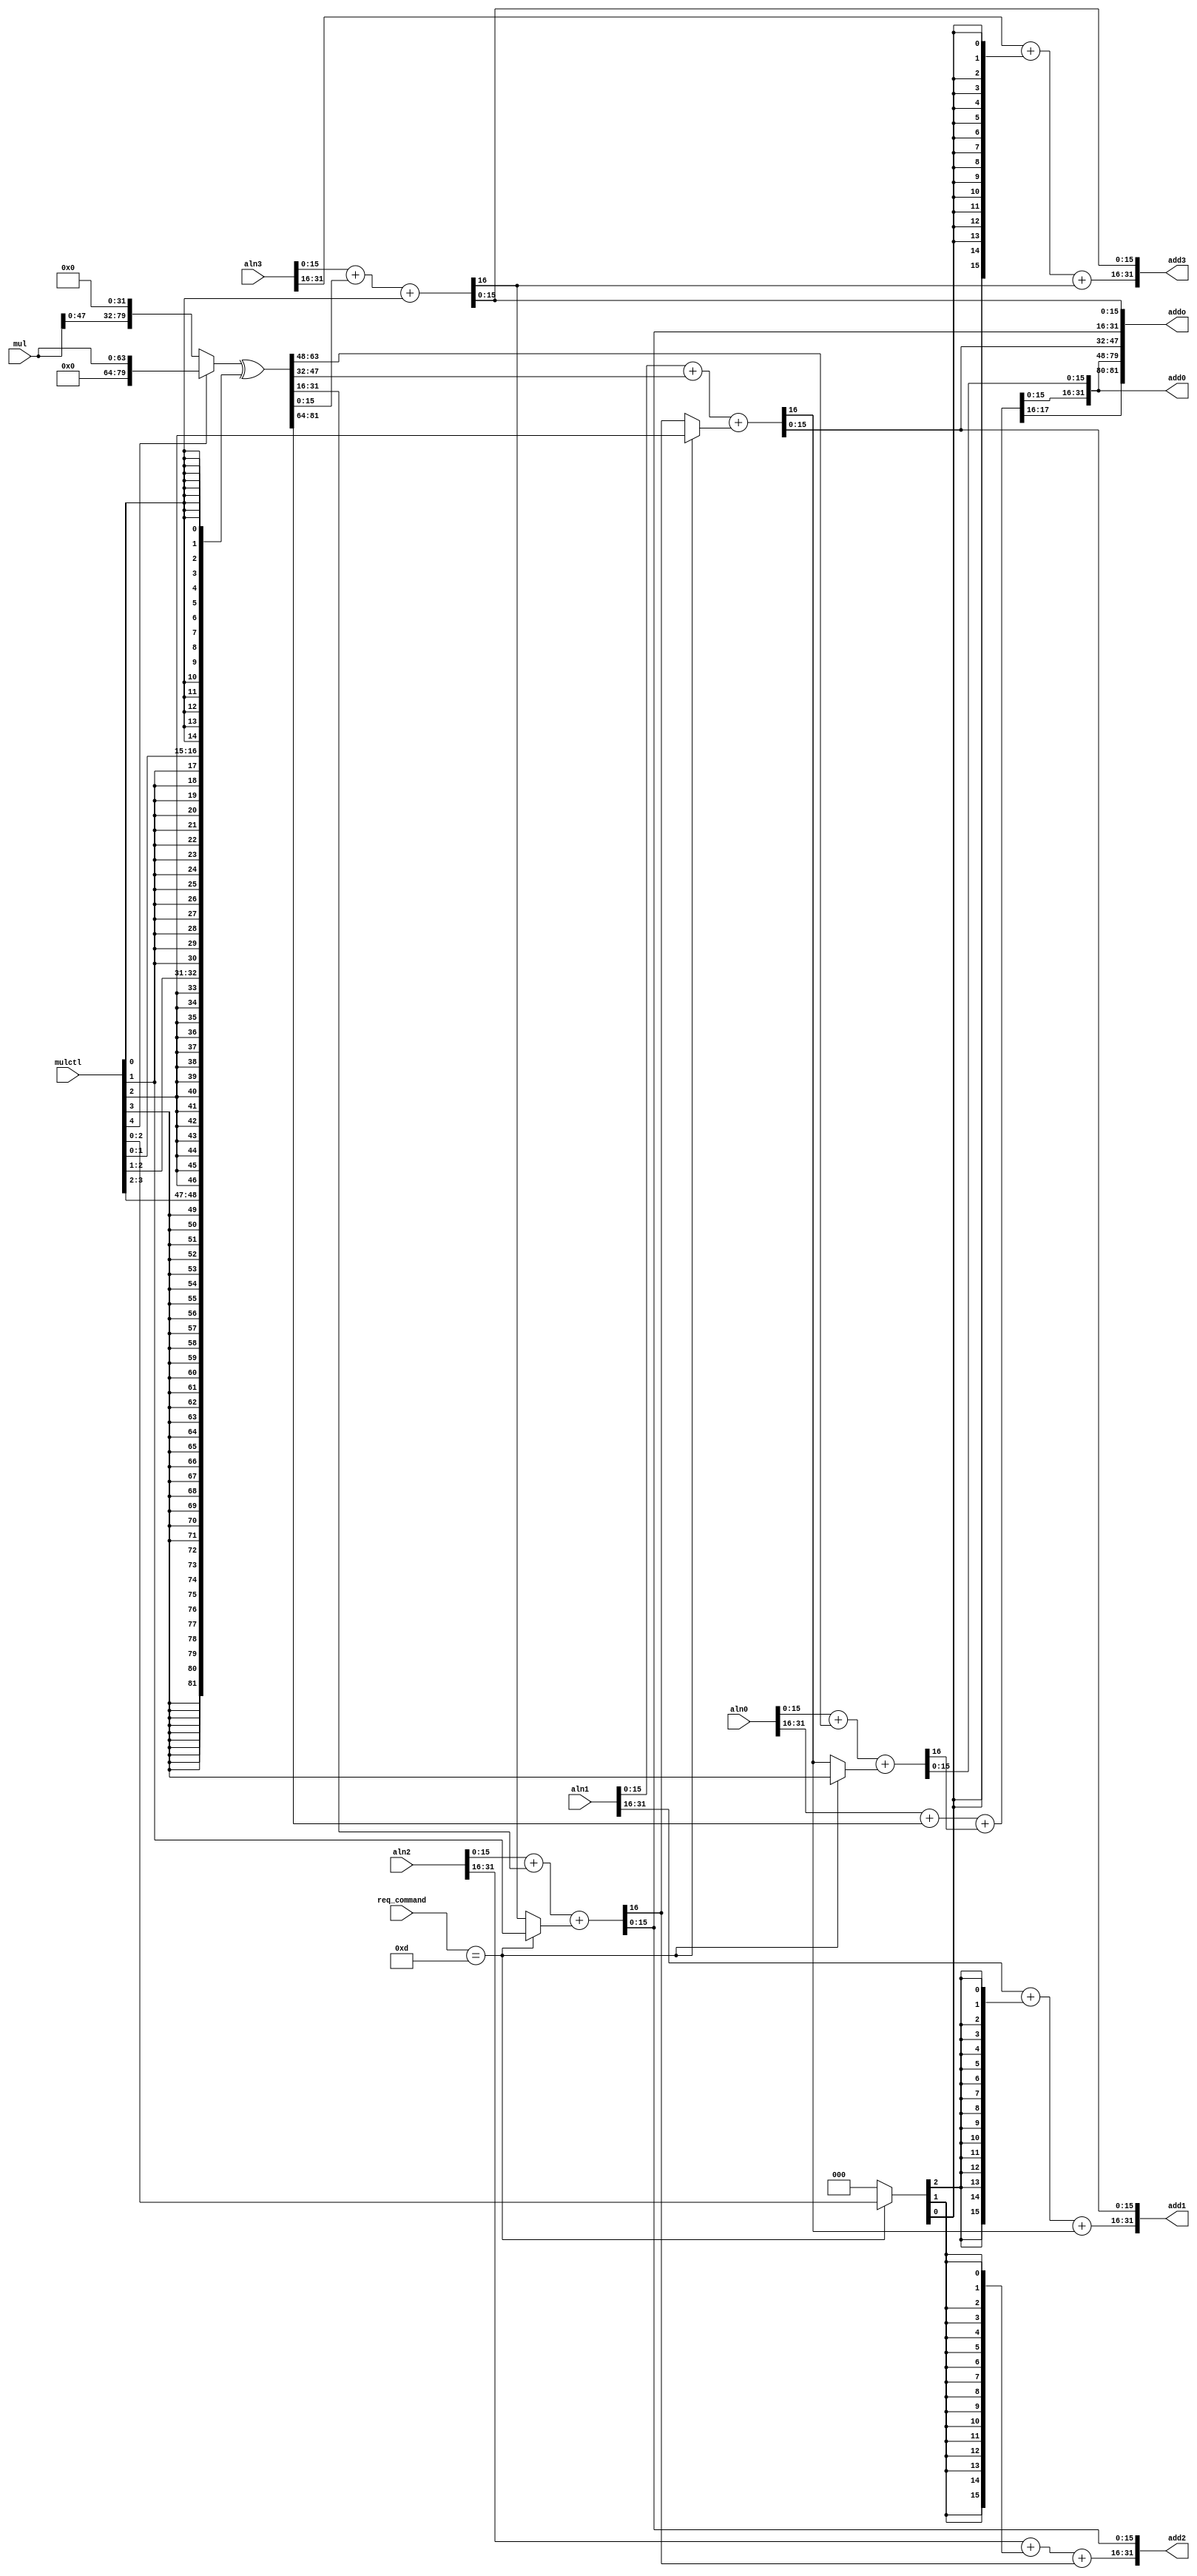
module cpa
  (
   input integer      req_command,
   input wire [63:0]  mul,
   input wire [4:0]   mulctl,
   input wire [31:0]  aln0,
   input wire [31:0]  aln1,
   input wire [31:0]  aln2,
   input wire [31:0]  aln3,
   output wire [31:0] add0,
   output wire [31:0] add1,
   output wire [31:0] add2,
   output wire [31:0] add3,
   output wire [81:0] addo
   );
   

   wire [81:0]        alnmul = (((mulctl[4]) ? {16'h0,mul[63:0]} : {mul[47:0],32'h0}) ^
                                {{34{mulctl[3]}},{16{mulctl[2]}},{16{mulctl[1]}},{16{mulctl[0]}}} );
   wire [2:0]         alnctl = (req_command==13) ? mulctl[2:0] : 3'b0;

   reg                cin0, cin1, cin2, cin3;

   wire [16:0]        sum01 = aln0[15: 0] + alnmul[63:48] + cin0;
   wire [16:0]        sum11 = aln1[15: 0] + alnmul[47:32] + cin1;
   wire [16:0]        sum21 = aln2[15: 0] + alnmul[31:16] + cin2;
   wire [16:0]        sum31 = aln3[15: 0] + alnmul[15: 0] + cin3;
   wire [17:0]        sum00 = aln0[31:16] + alnmul[81:64]   + sum01[16];
   wire [16:0]        sum10 = aln1[31:16] + {16{alnctl[2]}} + sum11[16];
   wire [16:0]        sum20 = aln2[31:16] + {16{alnctl[1]}} + sum21[16];
   wire [16:0]        sum30 = aln3[31:16] + {16{alnctl[0]}} + sum31[16];

   always @(*) begin
      if(req_command==13)begin
         cin0 = (mulctl[3]==1'b1);
         cin1 = (mulctl[2]==1'b1);
         cin2 = (mulctl[1]==1'b1);
         cin3 = (mulctl[0]==1'b1);
      end else begin
         cin0 = sum11[16];
         cin1 = sum21[16];
         cin2 = sum31[16];
         cin3 = (mulctl[0]==1'b1);
      end
   end

   assign add0 = {sum00[15:0], sum01[15:0]};
   assign add1 = {sum10[15:0], sum11[15:0]};
   assign add2 = {sum20[15:0], sum21[15:0]};
   assign add3 = {sum30[15:0], sum31[15:0]};
   assign addo = {sum00[17:0], sum01[15:0], sum11[15:0], sum21[15:0], sum31[15:0]};

//   assign add0 = alnmul[63:48] + aln0;
//   assign add1 = alnmul[47:32] + aln1;
//   assign add2 = alnmul[31:16] + aln2;
//   assign add3 = alnmul[15: 0] + aln3;
//   assign addo = alnmul + {1'b0, aln0[31:0], aln1[15:0], aln2[15:0], aln3[15:0]};

endmodule